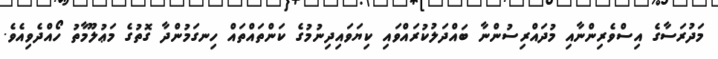
މަދުރަސާގެ އިސްވެރިންނާއި މުދައްރިސުންނާ ބައްދަލުކުރައްވައި ކިޔަވައިދިނުމުގެ ކަންތައްތައް ހިނގަމުންދާ ގޮތުގެ މަޢުލޫމާތު ހޯއްދެވިއެވެ.